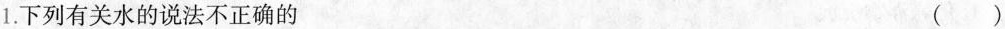
1.下列有关水的说法不正确的 ()